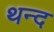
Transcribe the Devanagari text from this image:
थन्द